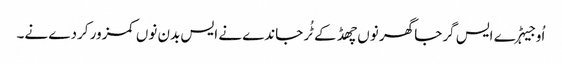
اُو جیہڑے ایس گرجا گھر نوں چھڈ کے ٹُر جاندے نے ایس بدن نوں کمزور کردے نے۔